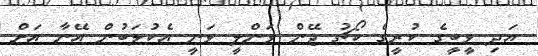
އަދި ވީބީގެ ކުރީގެ ކޯޗު ޖޭން ވަންލީ ވަނީ އެކުލަބުން އޭނާ އަށް